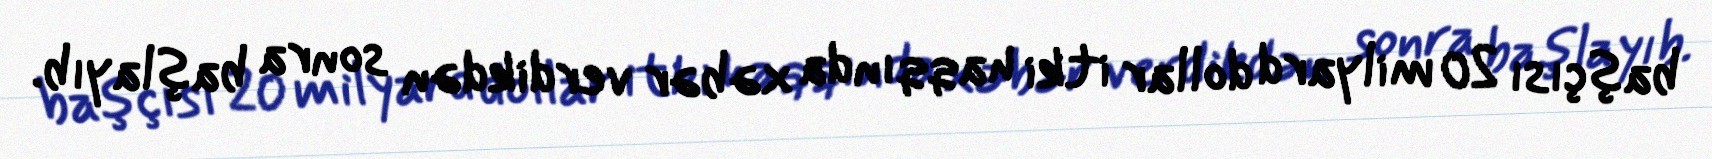
başçısı 20 milyard dollar itki haqqında xəbər verdikdən sonra başlayıb.